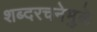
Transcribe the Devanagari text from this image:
शब्दरचनेमुळे